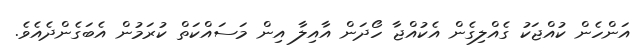
އަންހެން ކުއްޖަކު ގެއްލިގެން އެކުއްޖާ ހޯދަން އާއިލާ އިން މަސައްކަތް ކުރަމުން އެބަގެންދެއެވެ.